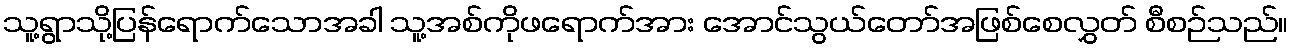
သူ့ရွာသို့ပြန်ရောက်သောအခါ သူ့အစ်ကိုဖရောက်အား အောင်သွယ်တော်အဖြစ်စေလွှတ် စီစဉ်သည်။